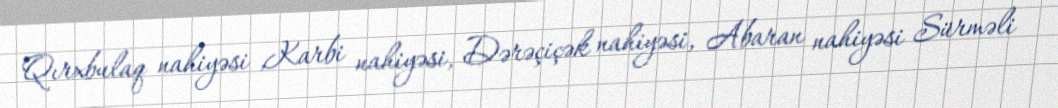
Qırxbulaq nahiyəsi ,Karbi nahiyəsi, Dərəçiçək nahiyəsi, Abaran nahiyəsi Sürməli